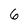
Character: 6